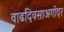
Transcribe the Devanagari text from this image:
वाढदिवसाअगोदर